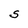
Character: S